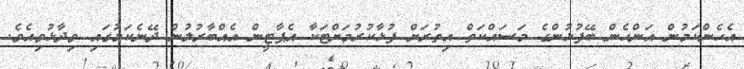
އެހެންކަމުން އަންހެން ބޭފުޅުންގެ މަސައްކަތް އިތުރަށް ފުޅާކުރުމަށްޓަކާ އެޕާޓީން އެއްބާރުލުން ދޭނެކަމުގައި ވިދާޅުވިއެވެ.